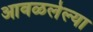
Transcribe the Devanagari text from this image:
आवळलेल्या